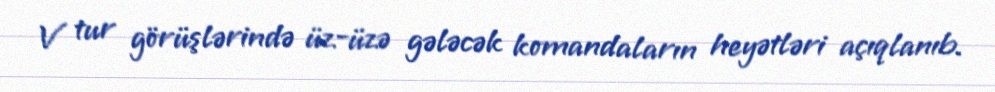
V tur görüşlərində üz-üzə gələcək komandaların heyətləri açıqlanıb.